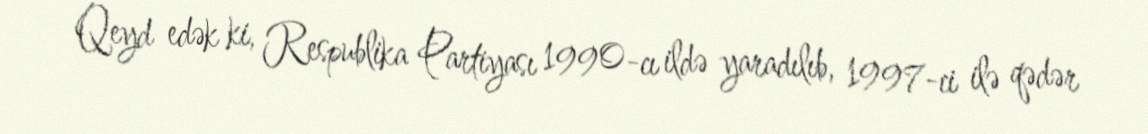
Qeyd edək ki, Respublika Partiyası 1990-cı ildə yaradılıb, 1997-ci ilə qədər